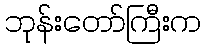
ဘုန်းတော်ကြီးက